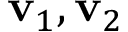
\mathbf { v } _ { 1 } , \mathbf { v } _ { 2 }